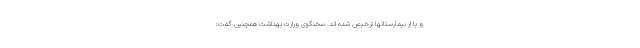
و یا از بیمارستانها ترخیص شده اند. سخنگوی وزارت بهداشت همچنین گفت: